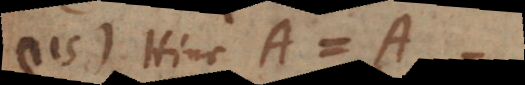
115) Hinc A = A.